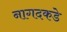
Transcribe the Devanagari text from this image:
नागदकडे